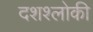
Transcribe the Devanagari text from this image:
दशश्लोकी